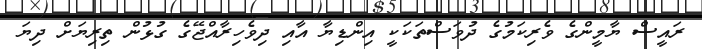
ރައީސް ޔާމީންގެ ވެރިކަމުގެ ދުވަސްތަކަކީ އިންޑިޔާ އާއި ދިވެހިރާއްޖޭގެ ގުޅުން ތިރިޔަށް ދިޔަ